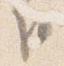
臣